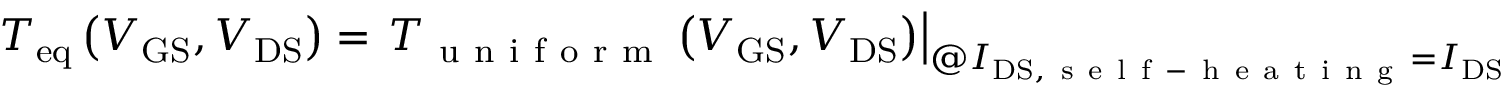
T _ { \mathrm { e q } } \left( V _ { \mathrm { G S } } , V _ { \mathrm { D S } } \right) = \left. T _ { \mathrm { ~ u ~ n ~ i ~ f ~ o ~ r ~ m ~ } } \left( V _ { \mathrm { G S } } , V _ { \mathrm { D S } } \right) \right| _ { @ I _ { \mathrm { D S } , \mathrm { ~ s ~ e ~ l ~ f ~ - ~ h ~ e ~ a ~ t ~ i ~ n ~ g ~ } } = I _ { \mathrm { D S } , \mathrm { ~ u ~ n ~ i ~ f ~ o ~ r ~ m ~ } } } .